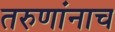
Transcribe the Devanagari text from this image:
तरुणांनाच